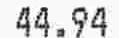
44.94